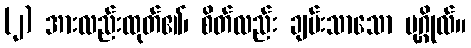
(၂) အားလည်းထုတ်၏၊ စိတ်လည်း ချမ်းသာသော ပုဂ္ဂိုလ်။